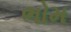
ભોમ